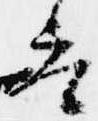
参